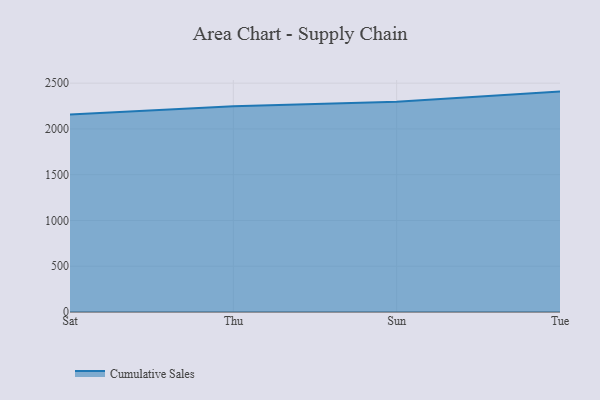
{"axis": {"x": "Day", "y": "Net Income (USD K)"}, "legend": ["Cumulative Sales"], "data": [{"x": "Sat", "y": 2157.4, "type": "Cumulative Sales"}, {"x": "Thu", "y": 2247.3, "type": "Cumulative Sales"}, {"x": "Sun", "y": 2298.3, "type": "Cumulative Sales"}, {"x": "Tue", "y": 2408.0, "type": "Cumulative Sales"}]}